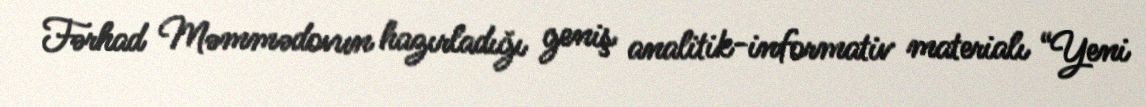
Fərhad Məmmədovun hazırladığı geniş analitik-informativ materialı “Yeni